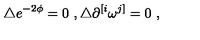
\triangle e ^ { - 2 \phi } = 0 \ , \triangle \partial ^ { [ i } \omega ^ { j ] } = 0 \ ,